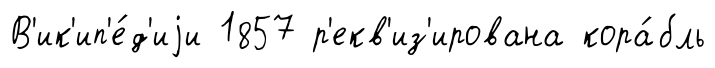
В'ик'ип'е́д'иjи 1857 р'екв'из'ирована кора́бль